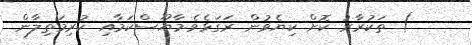
) ތަކުރާރު ކޮށް ކިޔެވުން ރަގަޅެވެ.މާޔޫސްކަމާއި ކުރިމަތިލާން